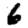
Digit: 6